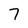
Character: 7